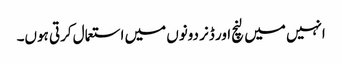
انہیں میں لنچ اور ڈنر دونوں میں استعمال کرتی ہوں۔